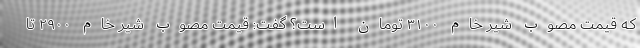
که قیمت مصوب شیر خام ۳۱۰۰ تومان است؟ گفت: قیمت مصوب شیر خام ۲۹۰۰ تا